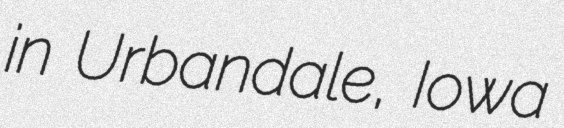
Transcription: in Urbandale, Iowa